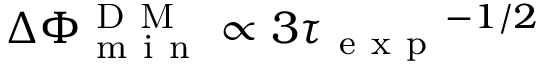
\Delta \Phi _ { \mathrm { ~ m ~ i ~ n ~ } } ^ { \mathrm { ~ D ~ M ~ } } \propto 3 { \tau _ { \mathrm { ~ e ~ x ~ p ~ } } } ^ { - 1 / 2 }